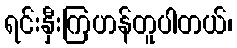
ရင်းနှီးကြဟန်တူပါတယ်၊